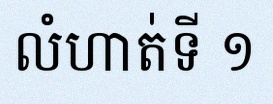
លំហាត់ទី ១